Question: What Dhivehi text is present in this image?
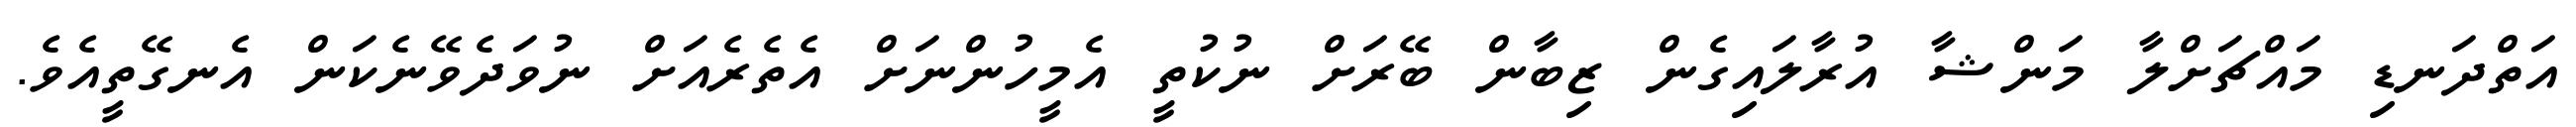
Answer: އަތްދަނޑި މައްޗަށްލާ މަންޝާ އުރާލައިގެން ޒިބާން ބޭރަށް ނުކުތީ އެމީހުންނަށް އެތެރެއަށް ނުވަދެވޭނެކަން އެނގޭތީއެވެ.